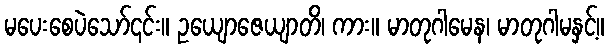
မပေးစေပဲသော်၎င်း။ ဥယျောဇေယျာတိ၊ ကား။ မာတုဂါမေန၊ မာတုဂါမနှင့်။